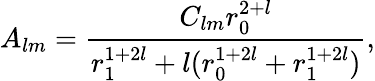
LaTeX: A_{lm}=\frac{C_{lm}r_{0}^{2+l}}{r_{1}^{1+2l}+l(r_{0}^{1+2l}+r_{1}^{1+2l})},